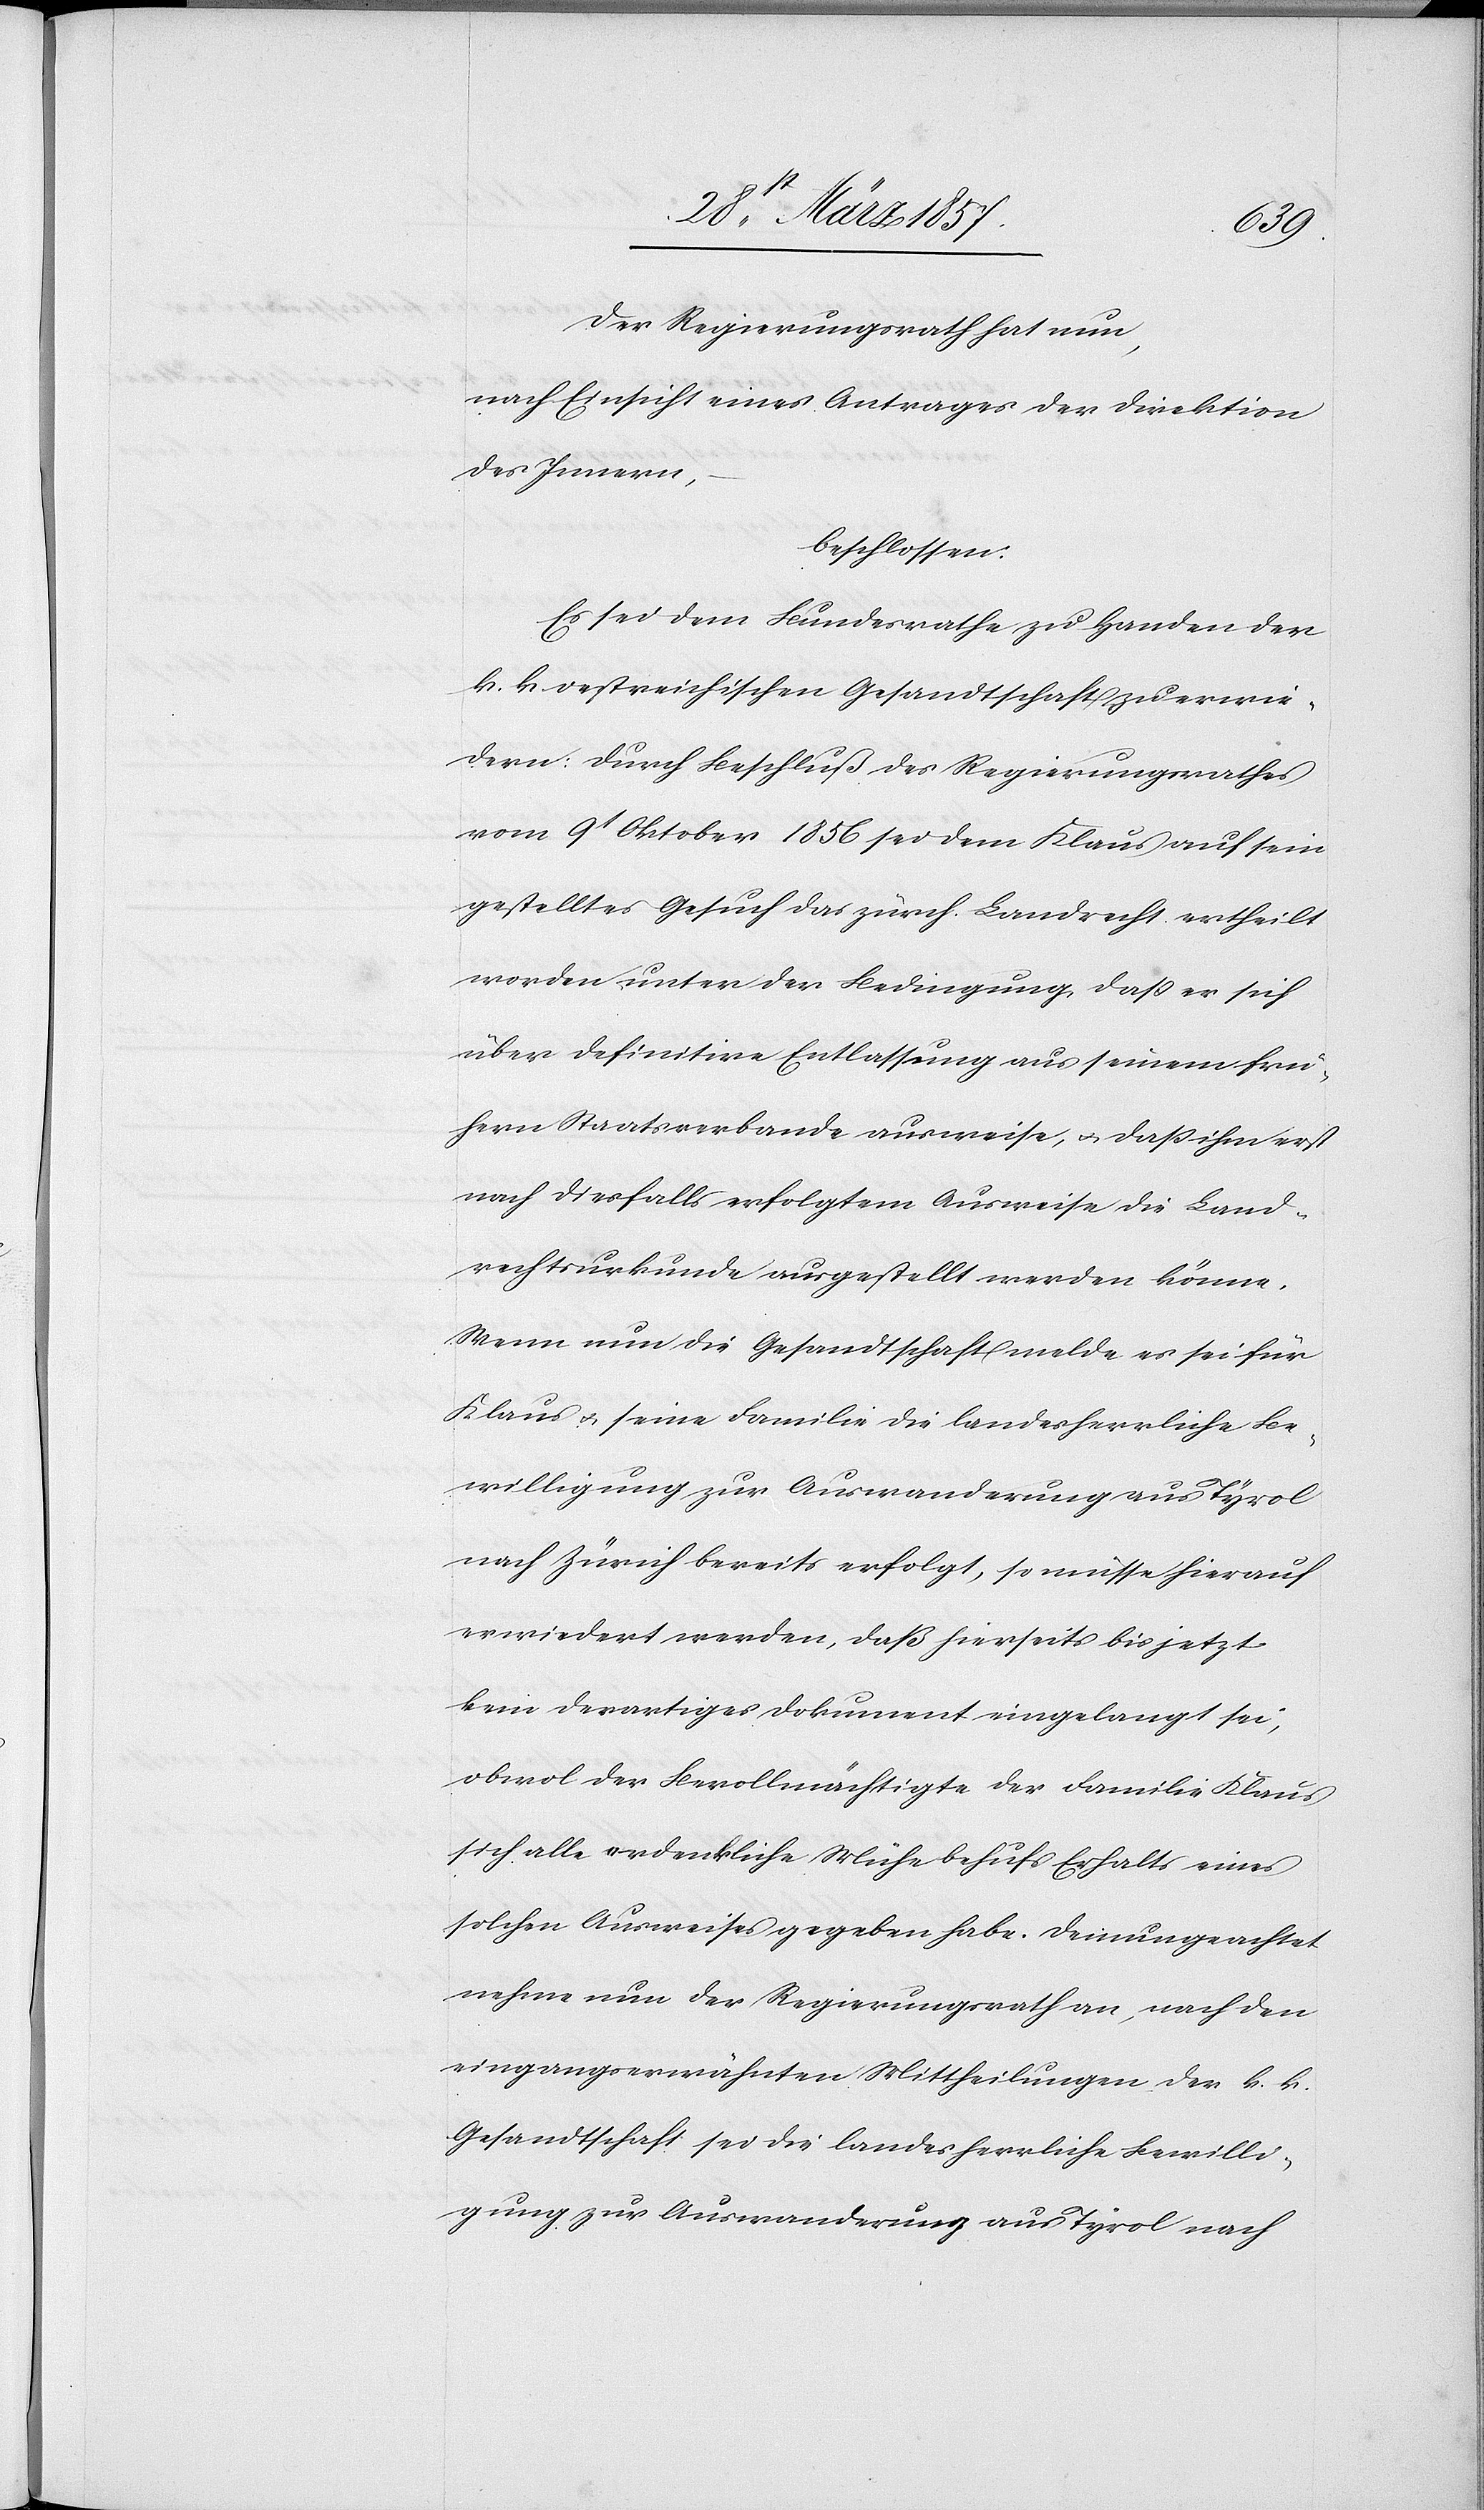
Der Regierungsrath hat nun,
nach Einsicht eines Antrages der Direktion
des Innern,
beschlossen:
Es sei dem Bundesrathe zu Handen der
k. k. oestreichischen Gesandtschaft zu erwie¬
dern: Durch Beschluß des Regierungsrathes
vom 9t Oktober 1856 sei dem Klaus auf sein
gestelltes Gesuch das zürch. Landrecht ertheilt
worden unter der Bedingung, daß er sich
über definitive Entlassung aus seinem frü¬
hern Staatsverbande ausweise, u. daß ihm erst
nach diesfalls erfolgtem Ausweise die Land¬
rechtsurkunde ausgestellt werden könne.
Wenn nun die Gesandtschaft melde es sei für
Klaus u. seine Familie die landesherrliche Be¬
willigung zur Auswanderung aus Tyrol
nach Zürich bereits erfolgt, so müsse hierauf
erwiedert werden, daß hierseits bis jetzt
kein derartiges Dokument eingelangt sei,
obwol der Bevollmächtigte der Familie Klaus
sich alle erdenkliche Mühe behufs Erhalts eines
solchen Ausweises gegeben habe. Demungeachtet
nehme nun der Regierungsrath an, nach den
eingangserwähnten Mittheilungen der k. k.
Gesandtschaft sei die landesherrliche Bewilli¬
gung zur Auswanderung aus Tyrol nach